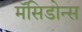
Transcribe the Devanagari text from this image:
मॅसिडोन्स